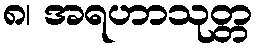
၈၊ အရဟာသုတ္တ